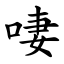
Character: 啛